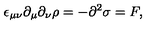
\epsilon _ { \mu \nu } \partial _ { \mu } \partial _ { \nu } \rho = - \partial ^ { 2 } \sigma = F ,